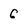
Character: 6